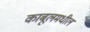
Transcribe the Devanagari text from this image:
काबूलमधील